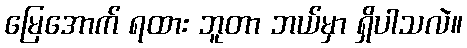
မြေအောက် ရထား ဘူတာ ဘယ်မှာ ရှိပါသလဲ။